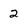
Character: 2